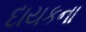
દાયકના